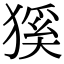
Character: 𤠓